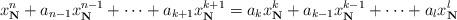
LaTeX: \begin{align*}x_{\mathbf{N}}^n+a_{n-1}x_{\mathbf{N}}^{n-1}+\dots +a_{k+1}x_{\mathbf{N}}^{k+1}=a_k x_{\mathbf{N}}^k+a_{k-1} x_{\mathbf{N}}^{k-1}+\dots+ a_l x_{\mathbf{N}}^l\end{align*}